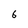
Character: 6